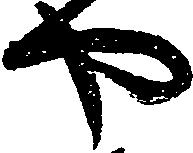
や